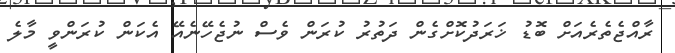
ރާއްޖެތެރެއަށް ބޮޑު ޚަރަދުކޮށްގެން ދަތުުރު ކުރަން ވެސް ނުޖެހޭނެއޭ އެކަން ކުރަންވީ މާލެ